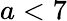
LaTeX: a<7